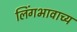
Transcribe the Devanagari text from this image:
लिंगभावाच्य